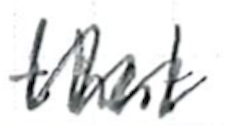
Text: that
Cross-out: zig-zag
Writing tool: ballpoint